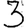
Digit: 3